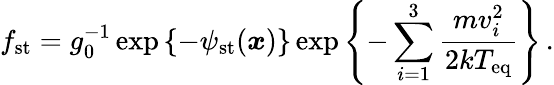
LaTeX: f_{\mathrm{st}}=g_{0}^{-1}\exp\left\{ -\psi_{\mathrm{st}}(\boldsymbol{x})\right\} \exp\left\{ -\sum_{i=1}^{3}\frac{mv_{i}^{2}}{2kT_{\mathrm{eq}}}\right\} \, .